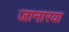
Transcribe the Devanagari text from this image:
जानारया